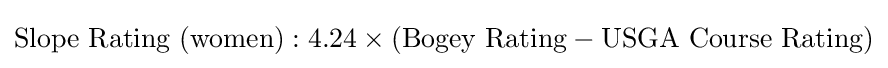
{\mbox{Slope Rating (women)}}:{\mbox{4.24}}\times ({\mbox{Bogey Rating}}-{\mbox{USGA Course Rating}})